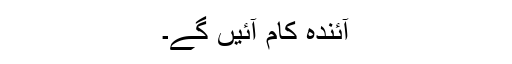
آئندہ کام آئیں گے۔